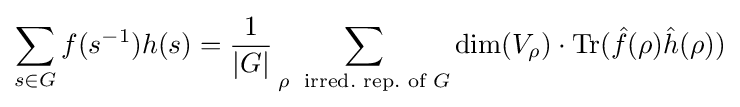
\sum _{s\in G}f(s^{-1})h(s)={\frac {1}{|G|}}\sum _{\rho \,\,{\text{ irred.}}{\text{ rep.}}{\text{ of }}G}\dim(V_{\rho })\cdot {\text{Tr}}({\hat {f}}(\rho ){\hat {h}}(\rho ))